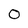
Character: 0